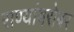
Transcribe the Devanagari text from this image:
राण्यांबरोबर